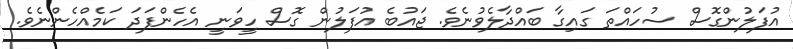
އުފަލުންގޮސް ސުހައްތަ ގައިގާ ބައްދާލެވުނެވެ. ޖައުބެ އުފަލުން ގޮސް ހީވަނީ އެހެންފަދަ ކަމެއްހެންނެވެ.